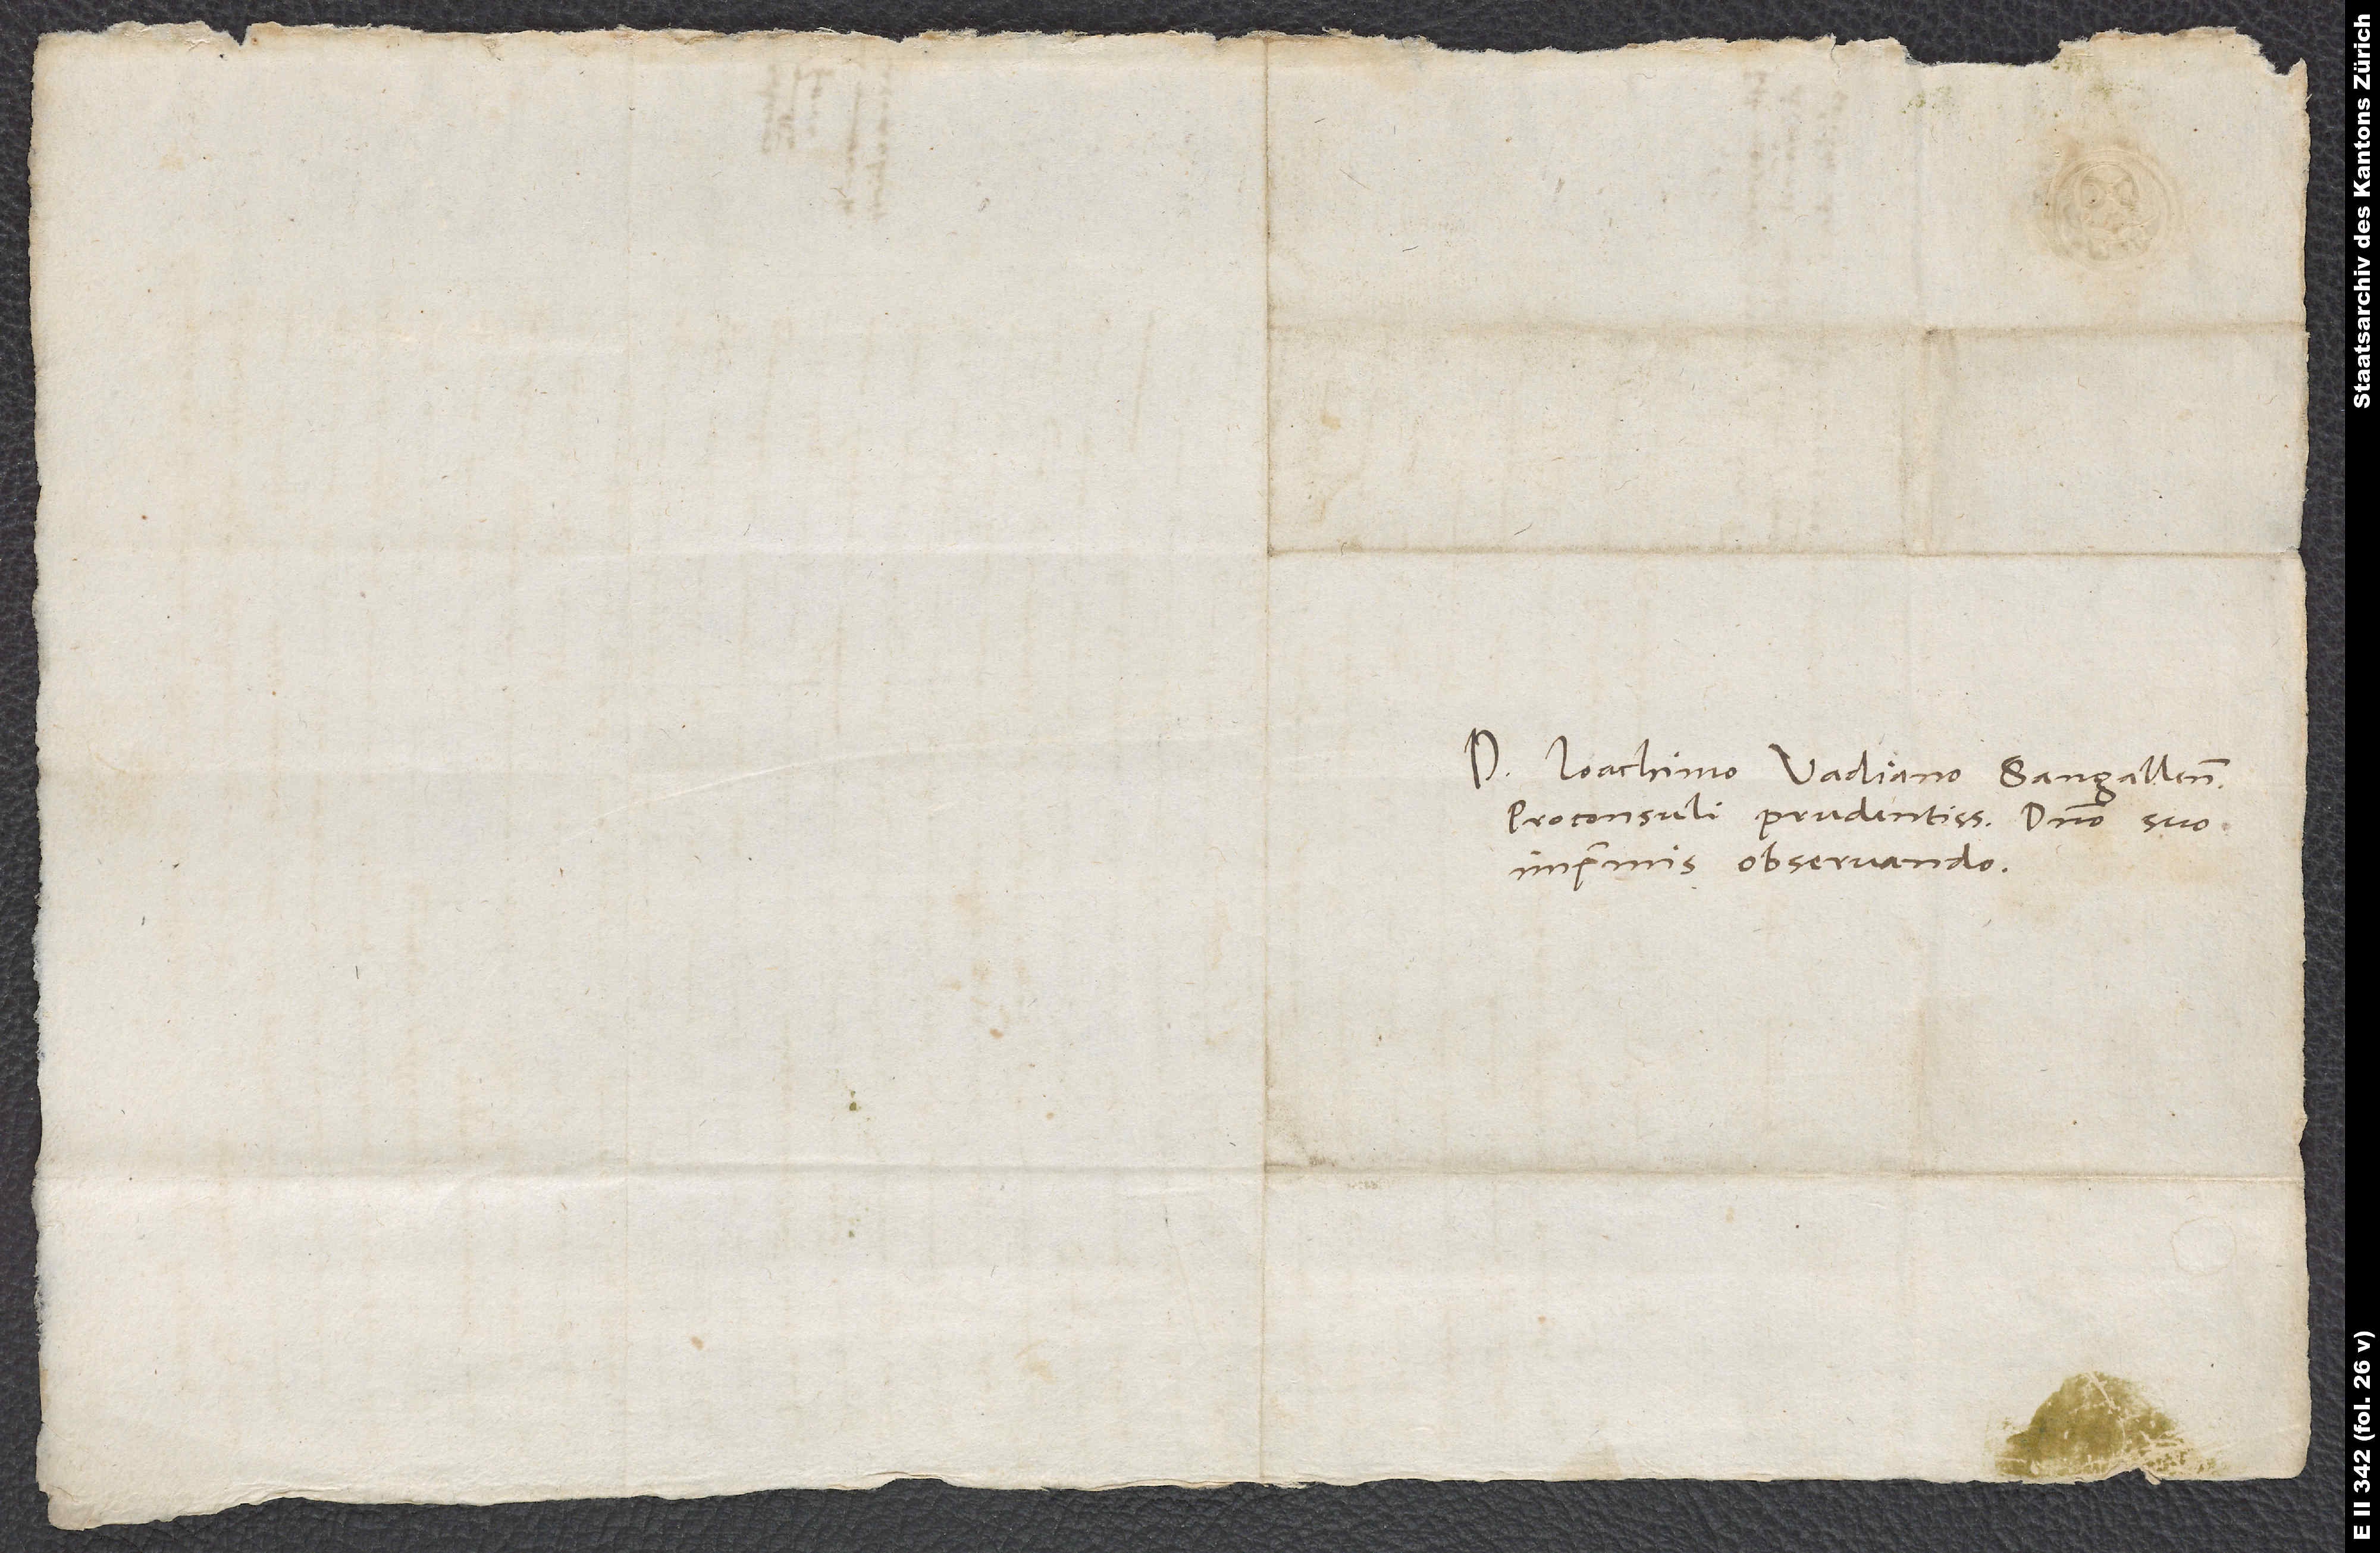
Doctori Ioachimo Vadiano, Sangallensi
proconsuli prudentissimo, domino suo
imprimis observando.